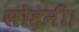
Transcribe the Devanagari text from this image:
सोहनी।